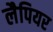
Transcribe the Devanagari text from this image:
लैपियर